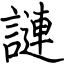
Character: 謰